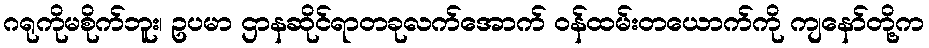
ဂရုကိုမစိုက်ဘူး၊ ဥပမာ ဌာနဆိုင်ရာတခုလက်အောက် ဝန်ထမ်းတယောက်ကို ကျနော်တို့က